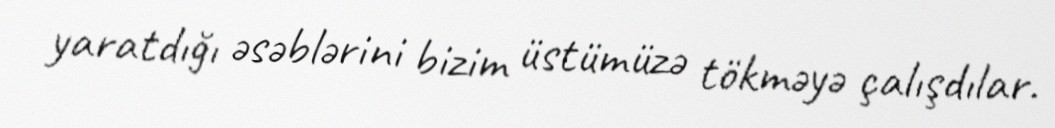
yaratdığı əsəblərini bizim üstümüzə tökməyə çalışdılar.